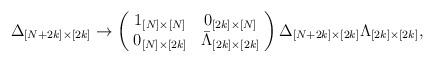
LaTeX: \begin{align*}\Delta_{[N+2k]\times[2k]} \rightarrow \left( \! \begin{array}{cc}1_{[N]\times[N]} & 0_{[2k]\times[N]} \\0_{[N]\times[2k]} & \bar{\Lambda}_{[2k]\times[2k]} \end{array} \! \right) \Delta_{[N+2k]\times[2k]}\Lambda_{[2k]\times[2k]},\end{align*}